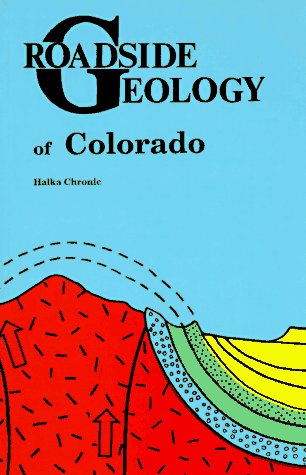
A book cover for Roadside Geology of Colorado (Roadside Geology Series); Halka Chronic; Travel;